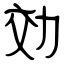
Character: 効